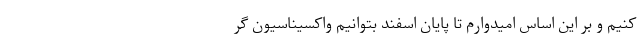
کنیم و بر این اساس امیدوارم تا پایان اسفند بتوانیم واکسیناسیون گر